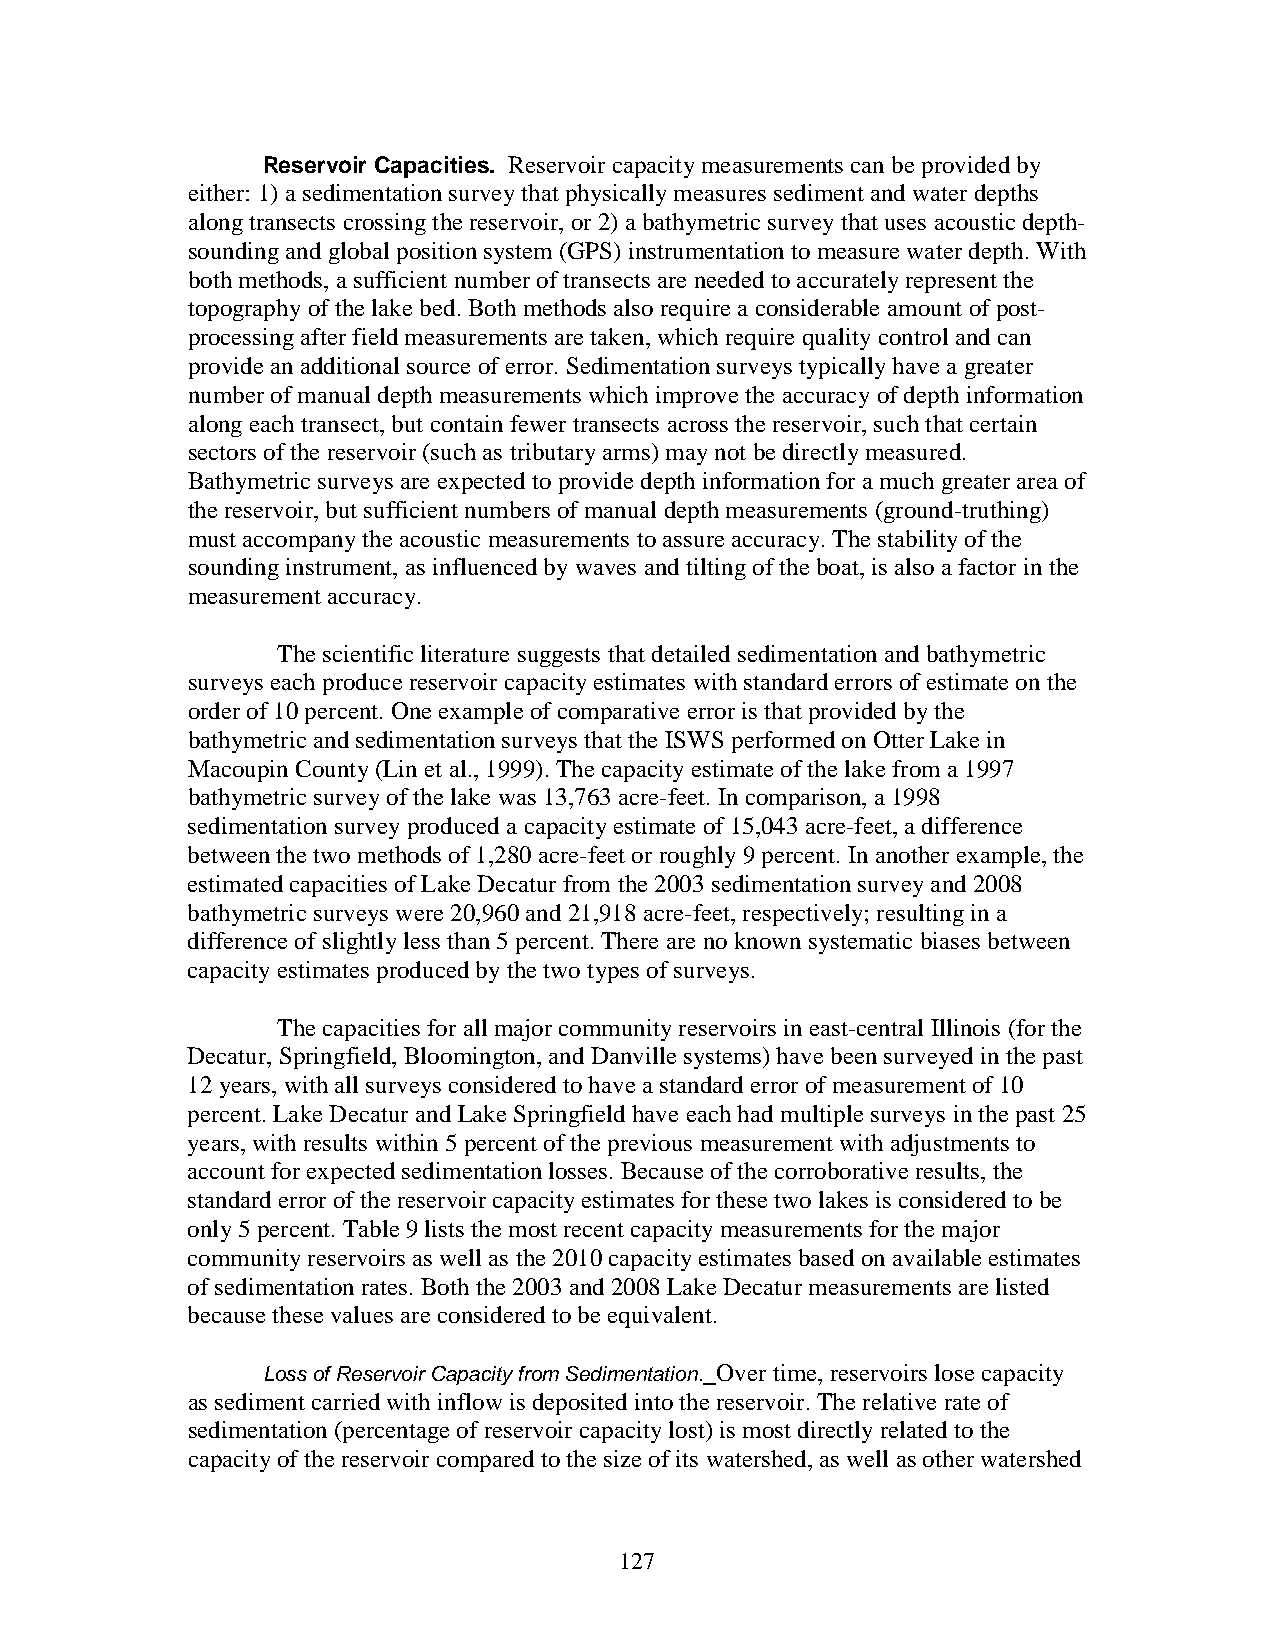
Reservoir Capacities. Reservoir capacity measurements can be provided by
 either: 1) a sedimentation survey that physically measures sediment and water depths
 along transects crossing the reservoir, or 2) a bathymetric survey that uses acoustic depth-
 sounding and global position system (GPS) instrumentation to measure water depth. With
 both methods, a sufficient number of transects are needed to accurately represent the
 topography of the lake bed. Both methods also require a considerable amount of post-
 processing after field measurements are taken, which require quality control and can
 provide an additional source of error. Sedimentation surveys typically have a greater
 number of manual depth measurements which improve the accuracy of depth information
 along each transect, but contain fewer transects across the reservoir, such that certain
 sectors of the reservoir (such as tributary arms) may not be directly measured.
 Bathymetric surveys are expected to provide depth information for a much greater area of
 the reservoir, but sufficient numbers of manual depth measurements (ground-truthing)
 must accompany the acoustic measurements to assure accuracy. The stability of the
 sounding instrument, as influenced by waves and tilting of the boat, is also a factor in the
 measurement accuracy.
 The scientific literature suggests that detailed sedimentation and bathymetric
 surveys each produce reservoir capacity estimates with standard errors of estimate on the
 order of 10 percent. One example of comparative error is that provided by the
 bathymetric and sedimentation surveys that the ISWS performed on Otter Lake in
 Macoupin County (Lin et al., 1999). The capacity estimate of the lake from a 1997
 bathymetric survey of the lake was 13,763 acre-feet. In comparison, a 1998
 sedimentation survey produced a capacity estimate of 15,043 acre-feet, a difference
 between the two methods of 1,280 acre-feet or roughly 9 percent. In another example, the
 estimated capacities of Lake Decatur from the 2003 sedimentation survey and 2008
 bathymetric surveys were 20,960 and 21,918 acre-feet, respectively; resulting in a
 difference of slightly less than 5 percent. There are no known systematic biases between
 capacity estimates produced by the two types of surveys.
 The capacities for all major community reservoirs in east-central Illinois (for the
 Decatur, Springfield, Bloomington, and Danville systems) have been surveyed in the past
 12 years, with all surveys considered to have a standard error of measurement of 10
 percent. Lake Decatur and Lake Springfield have each had multiple surveys in the past 25
 years, with results within 5 percent of the previous measurement with adjustments to
 account for expected sedimentation losses. Because of the corroborative results, the
 standard error of the reservoir capacity estimates for these two lakes is considered to be
 only 5 percent. Table 9 lists the most recent capacity measurements for the major
 community reservoirs as well as the 2010 capacity estimates based on available estimates
 of sedimentation rates. Both the 2003 and 2008 Lake Decatur measurements are listed
 because these values are considered to be equivalent.
 Loss of Reservoir Capacity from Sedimentation. Over time, reservoirs lose capacity
 as sediment carried with inflow is deposited into the reservoir. The relative rate of
 sedimentation (percentage of reservoir capacity lost) is most directly related to the
 capacity of the reservoir compared to the size of its watershed, as well as other watershed
 127